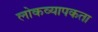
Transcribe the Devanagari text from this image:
लोकव्यापकता